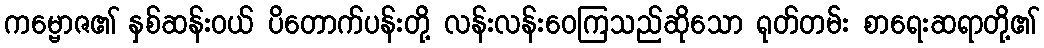
ကမ္ဗောဇ၏ နှစ်ဆန်းဝယ် ပိတောက်ပန်းတို့ လန်းလန်းဝေကြသည်ဆိုသော ရုတ်တမ်း စာရေးဆရာတို့၏